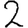
Digit: 2